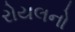
રોયલનો